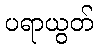
ပရာယွတ်